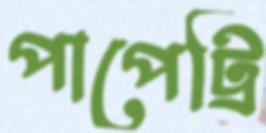
পাপেট্রি